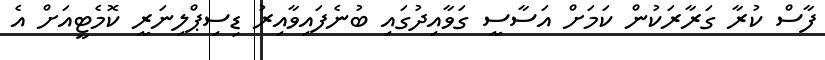
ފާސް ކުރާ ގަރާރަކުން ކަމަށް އަސާސީ ގަވާއިދުގައި ބުނެފައިވާއިރު ޑިސިޕްލިނަރީ ކޮމެޓީއަށް އެ